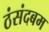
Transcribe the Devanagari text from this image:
ठंसंदबम